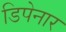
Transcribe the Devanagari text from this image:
डिपेनार